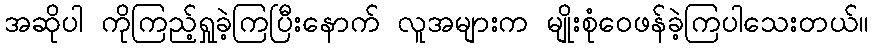
အဆိုပါ ကိုကြည့်ရှုခဲ့ကြပြီးနောက် လူအများက မျိုးစုံဝေဖန်ခဲ့ကြပါသေးတယ်။